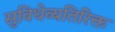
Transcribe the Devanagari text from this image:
सुविधेव्यतिरिक्त